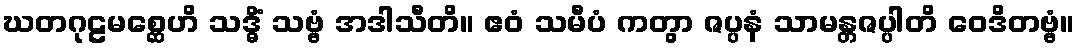
ဃတဂုဠမစ္ဆေဟိ သဒ္ဓိံ သဗ္ဗံ အဒါသီတိ။ ဧဝံ သမီပံ ကတွာ ဇပ္ပနံ သာမန္တဇပ္ပါတိ ဝေဒိတဗ္ဗံ။